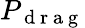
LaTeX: P_{\mathrm{~d~r~a~g~}}